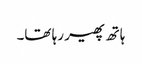
ہاتھ پھیر رہا تھا۔